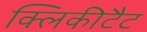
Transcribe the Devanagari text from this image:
क्लिकीटैट